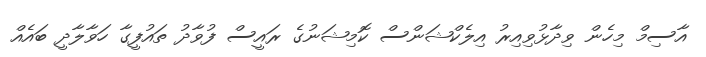
އާސިމް މިހެން ވިދާޅުވިއިރު އިލެކްޝަންސް ކޮމިޝަނުގެ ރައީސް ފުވާދު ތައުފީގާ ހަވާލާދީ ބައެއް